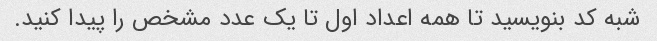
شبه کد بنویسید تا همه اعداد اول تا یک عدد مشخص را پیدا کنید.